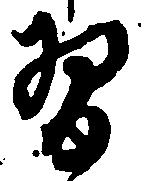
習